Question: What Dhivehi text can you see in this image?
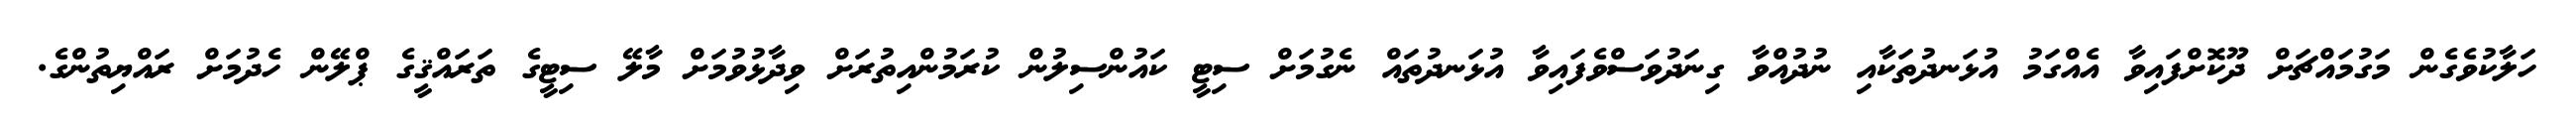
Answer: ހަލާކުވެގެން މަގުމައްޗަށް ދޫކޮށްފައިވާ އެއްގަމު އުޅަނދުތަކާއި ނުދުއްވާ ގިނަދުވަސްވެފައިވާ އުޅަނދުތައް ނެގުމަށް ސިޓީ ކައުންސިލުން ކުރަމުންއިތުރަށް ވިދާޅުވުމަށް މާލޭ ސިޓީގެ ތަރައްޤީގެ ޕްލޭން ހެދުމަށް ރައްޔިތުންގެ.